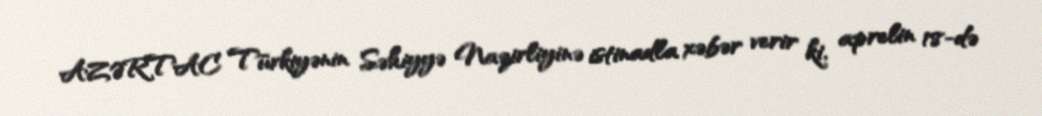
AZƏRTAC Türkiyənin Səhiyyə Nazirliyinə istinadla xəbər verir ki, aprelin 18-də